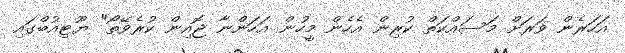
އަހަރެން ވަރަށް މަަސައްކަތް ކުރިން އެހެން މީހުން އަހަންނާ ޖޮއިން ކުރެވޭތޯ" ޔޫޓިއުބްގައި